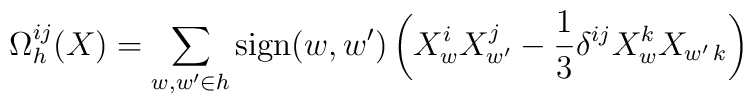
\Omega^{ij}_h(X)= \sum_{w,{w'}\in h} {\rm sign}(w,{w'}) \left(X_w^i X_{w'}^j - {1\over 3}\delta^{ij} X_w^k X_{w'\,k} \right)